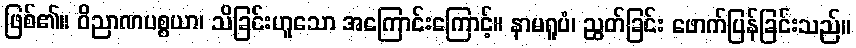
ဖြစ်၏။ ဝိညာဏပစ္စယာ၊ သိခြင်းဟူသော အကြောင်းကြောင့်။ နာမရူပံ၊ ညွတ်ခြင်း ဖောက်ပြန်ခြင်းသည်။